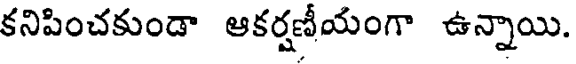
కనిపించకుండా ఆకర్షణీయంగా ఉన్నాయి.